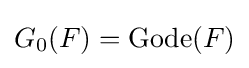
G_{0}(F)=\operatorname {Gode} (F)